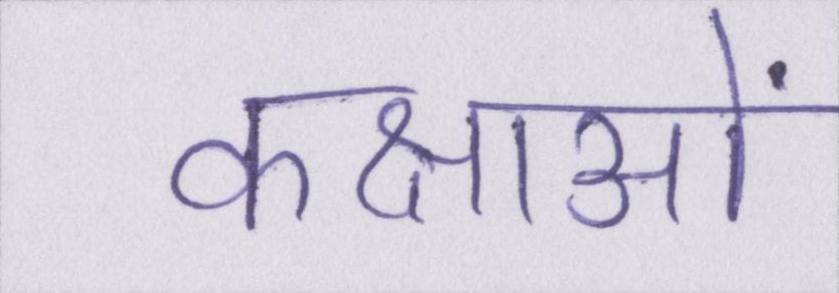
कक्षाओं